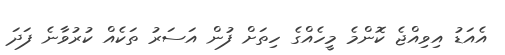
އެއަޑު އިވިއްޖެ ކޮންމެ މީހެއްގެ ހިތަށް ފުން އަސަރު ތަކެއް ކުރުވާނެ ފަދަ